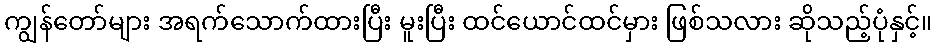
ကျွန်တော်များ အရက်သောက်ထားပြီး မူးပြီး ထင်ယောင်ထင်မှား ဖြစ်သလား ဆိုသည့်ပုံနှင့်။